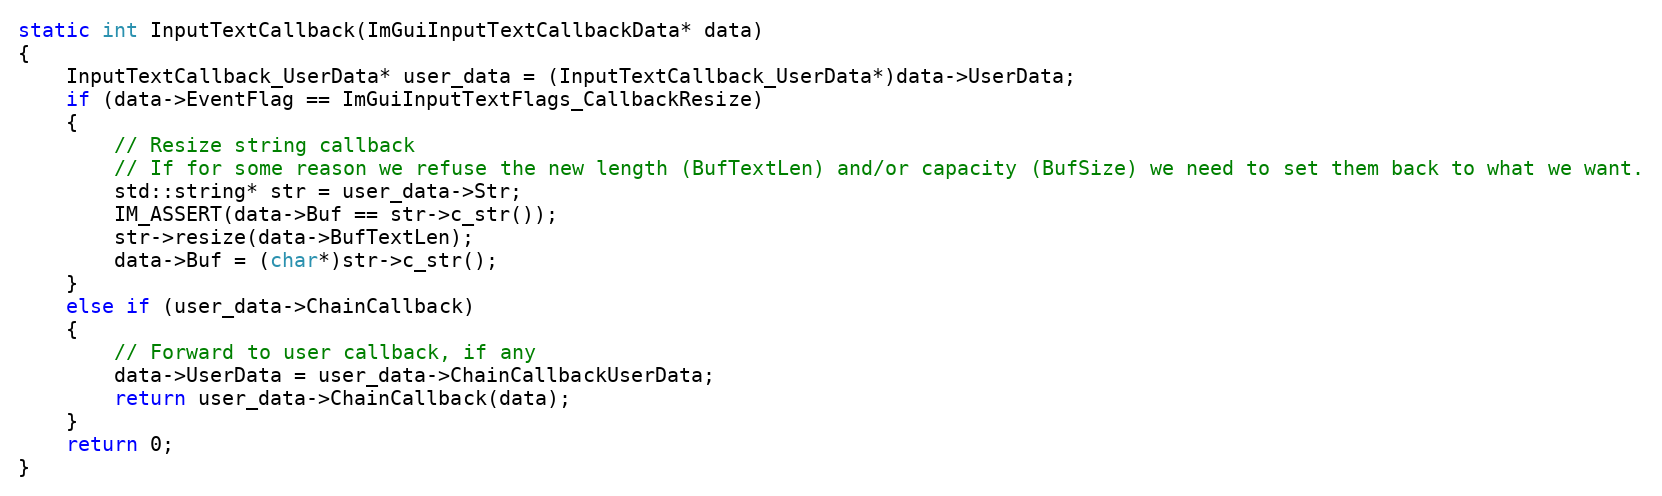
Language: C++
static int InputTextCallback(ImGuiInputTextCallbackData* data)
{
    InputTextCallback_UserData* user_data = (InputTextCallback_UserData*)data->UserData;
    if (data->EventFlag == ImGuiInputTextFlags_CallbackResize)
    {
        // Resize string callback
        // If for some reason we refuse the new length (BufTextLen) and/or capacity (BufSize) we need to set them back to what we want.
        std::string* str = user_data->Str;
        IM_ASSERT(data->Buf == str->c_str());
        str->resize(data->BufTextLen);
        data->Buf = (char*)str->c_str();
    }
    else if (user_data->ChainCallback)
    {
        // Forward to user callback, if any
        data->UserData = user_data->ChainCallbackUserData;
        return user_data->ChainCallback(data);
    }
    return 0;
}